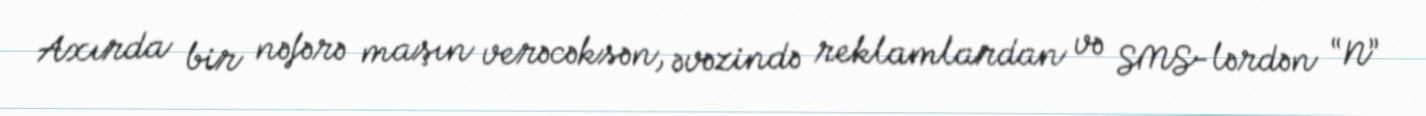
Axırda bir nəfərə maşın verəcəksən, əvəzində reklamlardan və SMS-lərdən “N”